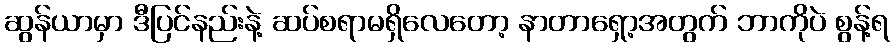
ဆွန်ယာမှာ ဒီပြင်နည်းနဲ့ ဆပ်စရာမရှိလေတော့ နာတာရှော့အတွက် ဘာကိုပဲ စွန့်ရ